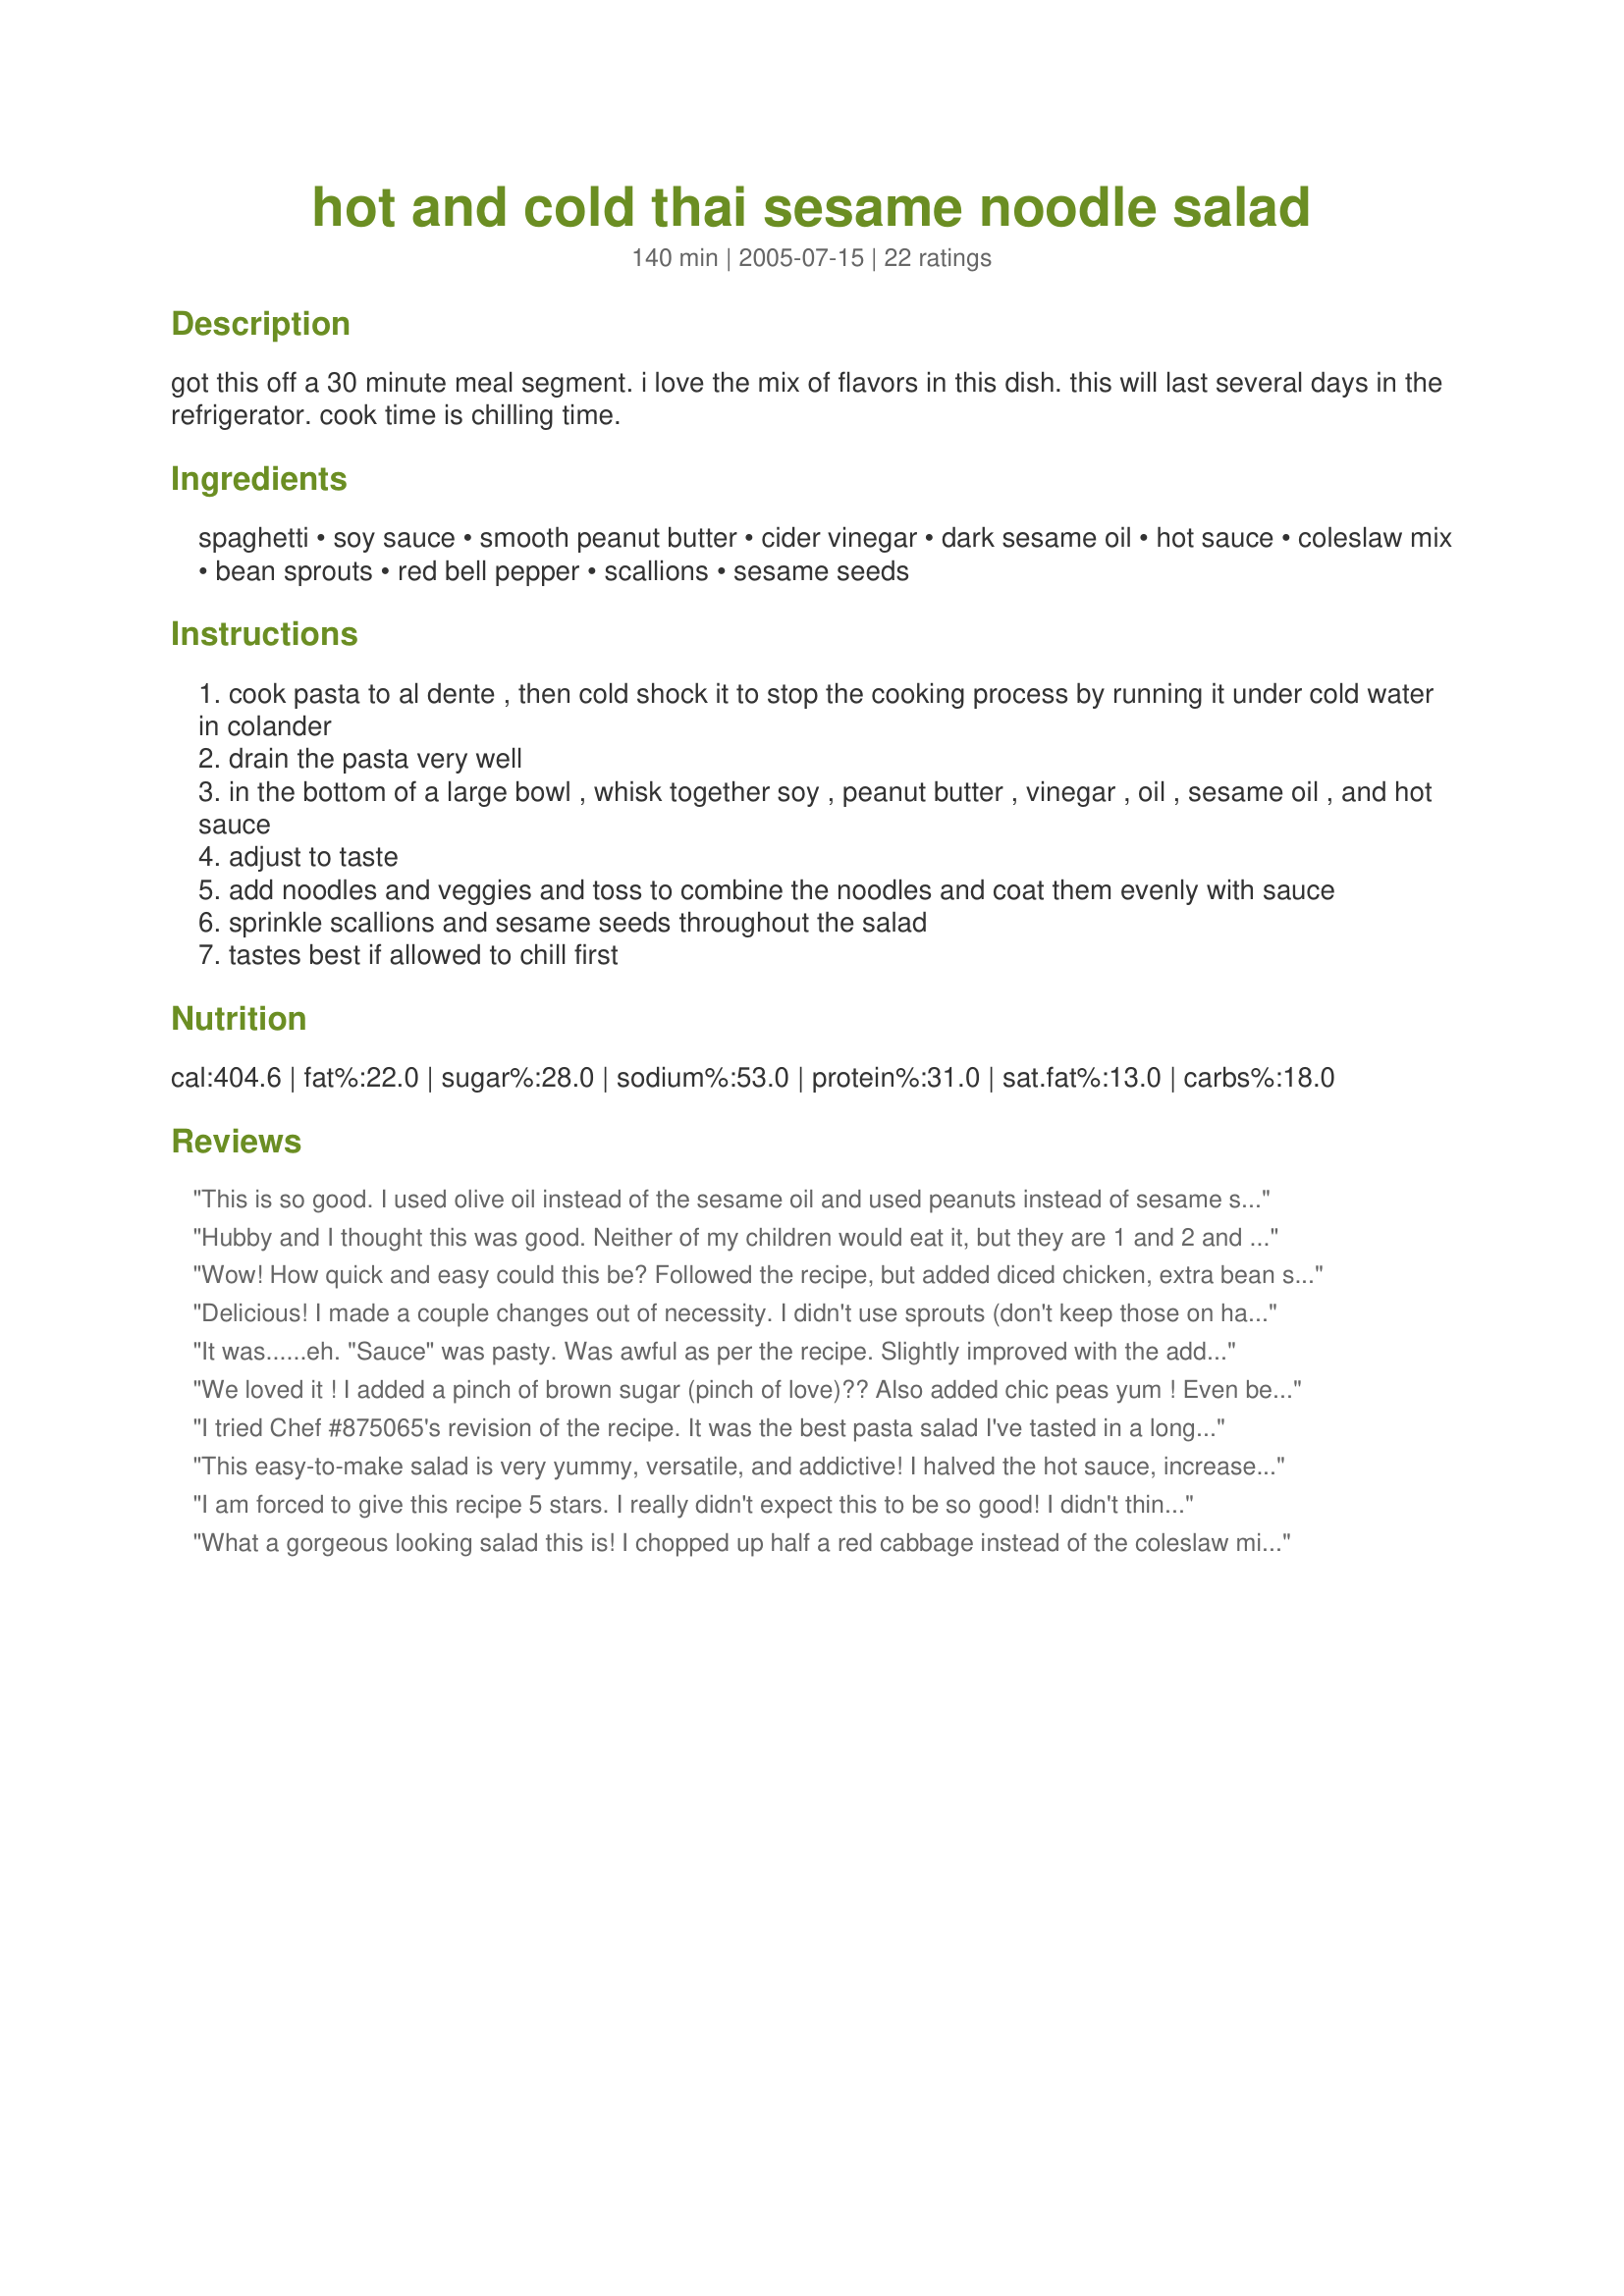
hot and cold thai sesame noodle salad
Preparation time: 140 minutes

got this off a 30 minute meal segment. i love the mix of flavors in this dish. this will last several days in the refrigerator. cook time is chilling time.

Ingredients:
spaghetti, soy sauce, smooth peanut butter, cider vinegar, dark sesame oil, hot sauce, coleslaw mix, bean sprouts, red bell pepper, scallions, sesame seeds

Steps:
cook pasta to al dente , then cold shock it to stop the cooking process by running it under cold water in colander
drain the pasta very well
in the bottom of a large bowl , whisk together soy , peanut butter , vinegar , oil , sesame oil , and hot sauce
adjust to taste
add noodles and veggies and toss to combine the noodles and coat them evenly with sauce
sprinkle scallions and sesame seeds throughout the salad
tastes best if allowed to chill first

Reviews:
This is so good. I used olive oil instead of the sesame oil and used peanuts instead of sesame seeds. I left out the bean sprouts also. I also used rice noodles. I did all this because I didn't have all the ingredients it called for but I'm glad I did it turned out so good.
Hubby and I thought this was good. Neither of my children would eat it, but they are 1 and 2 and very picky these days, so I wouldn't really factor their opinion into the equation. Anyhow, I pretty much kept to the recipe, only I omitted the sprouts in hopes the kids would eat it (should have put them in since we like them and the kids didn't eat it anyway) and I also cut back on the hot sauce for the kids sake. I think next time I would like to add ginger to this. We ate it with egg rolls on the side. I ate leftovers for lunch today and it really does taste even better after sitting overnight. Thanks for posting the recipe.
Wow! How quick and easy could this be? Followed the recipe, but added diced chicken, extra bean sprouts, subbed shredded carrots for the red pepper (DS doesn't like it)and peanuts for the sunflower seeds...it's what I had on hand. 
After the spaghetti was cooked and drained, I cooled it in a ice water bath for about 10 minutes to quicken the cooling process and then drained it again. This would make a great pot luck dish,easy, inexpensive and "YUMMO"!
Thanks for the posting.
Delicious! I made a couple changes out of necessity. I didn't use sprouts (don't keep those on hand) and didn't have sriracha. In place of the Sriracha I used 2 tsp Sambal Oelek.
It was......eh. "Sauce" was pasty. Was awful as per the recipe. Slightly improved with the addition of the brown sugar recommended by other reviewers. Will most definitely not be making this one again.
We loved it ! I added a pinch of brown sugar (pinch of love)?? Also added chic peas yum ! Even better next day .
I tried Chef #875065's revision of the recipe. It was the best pasta salad I've tasted in a long while. It seemed like it had parmesan cheese in it. Yum, Yum, Yummie
This easy-to-make salad is very yummy, versatile, and addictive! I halved the hot sauce, increased the coleslaw mix to 3 cups, and added about 1/3 pound diced roasted turkey breast from the deli. We really enjoyed this satisfying salad ~ Thanks for sharing a winner!
I am forced to give this recipe 5 stars. I really didn't expect this to be so good! I didn't think I was ever going to find a recipe that combined peanut butter and spaghetti that I liked but this really is a keeper! The sauce is perfect - it coats well but isn't heavy. I took other reviewers advice and used 1 tbsp hot sauce and 1 tbsp brown sugar - other then that I made the sauce as directed. Only other change was slicing up cabbage myself (2 cups) and grated carrot (1/2 cup) Thanks for a great recipe!
What a gorgeous looking salad this is! I chopped up half a red cabbage instead of the coleslaw mix and used sprouted mixed legumes (lentils, kidney beans, garbanzos, lots of good stuff). The only reason I'm not giving 5 stars is that I agree with Cadylnn that the peanut sauce just isn't the greatest. I took her advice and added 1 t. fish sauce and 1 T. brown sugar and it improved it a lot. I'm looking forward to eating this for lunch for the next few days.
This is a fabulous salad! I loved the blend of flavors and the textures A must have in your recipe files! Instead of using hot sauce, I used 3/4tsp crushed red pepper-gave it a little kick. Next time I'll add diced cooked chicken for more of a main meal entree. Thank you so much for sharing!
Really good. I think that I will add some chicken and maybe peanuts to it next time. Everyone at my dinner party loved it. Can't go wrong with this easy, make-ahead dish.
This was pretty good. I made it just as the recipe reads but was disappointed with the sauce. First I felt like there was not enough of it for 8 oz of noodles and secondly I felt like it needed some sweetness as well. I ended up putting about a tablespoon of brown sugar along with some fish sauce we use for all of our other thai meals. The end result was good, just not our very favorite thai dish.
AZ - I really like this recipe. When I made the sauce I thought there would not be enough for all the noodles. Wrong - Perfect blend of flavors as well as just enough sauce so the noodles wouldn't be dry or wet. I loved the coleslaw in it-and added some sugar snap peas and used some cheyanne pepper for spice. Thanks
Everyone loved this salad - I have made it twice in a week and it was a big hit both times. I used vermicelli noodles, and I used spicy Thai chili sauce for the hot sauce. I also like a touch of sweet, and added 2 tbsp sweet chili sauce to the dressing. This will be a staple at our house for sure.
Very good. I did have to make some substitutions for what I had on hand. Used small broccoli florets instead of bean sprouts. The dressing seemed like it needed some sweet so I used sweet chili sauce instead of hot sauce. DH and DD loved it as it was. For me, I would probably used less soy sauce the next time but the overall produce was a great change of pace.
Rachel Ray has done it again :) How easy this was and very good. I served it cold as a side to Teriyaki Burgers and dh raved about it! Thanks for posting!
Fabulous! Served with Honey Teriyaki Salmon, and a spinach salad with sprouts, water chestnuts, mandarin oranges and slivered almonds (ginger soy dressing). Really, really delicious and EASY!

The only change I made was to add some chopped cilantro - yum!
Delicious...I added about 1/4 cup honey to add a little sweetness.
Great! I especially like it with Asian stir fry noodles, ciantro, in the sauce I add some lime juice (1/2 a lime), ginger (chopped, 1 Tbs), honey (2 Tbs) and I serve it with scallops and tiger prawns. Big hit for the whole family!
Very good, quick and easy to make! I had it room temp at the first sitting, and chilled as leftovers and it was good both ways.
I added chopped cilantro and left out bean sprouts as I didn't have any and was too lazy to run to the store.
Hubbie loved this one and would give it 5 stars. I liked it quite a bit (very rich!) and the kids were so-so (I left the hot sauce out because of them, but hubbie and I added it to ours at the table.)
On the subject of "hot sauce" called for in the recipe- the best it the Asian kind Sriracha sauce, or as we call it, "roster sauce" because of the picture of a roster on the front. We can get it at Ralph's grocery store in CA in the asian food section- a clear plastic sqeeze bottle with a green top. Caution!!! It is HOT.
I will make this one again. Next time I think I will add some chopped up grilled chicken.
